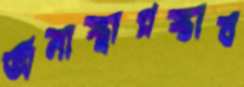
অনাস্থাপ্রস্তাব